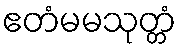
ဧတံမမသုတ္တံ